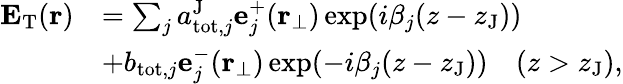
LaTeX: \begin{array}{rl}{\mathbf{E}_{\mathrm{T}}(\mathbf{r})}&{=\sum_{j}a_{\mathrm{tot},j}^{\mathrm{J}}\mathbf{e}_{j}^{+}(\mathbf{r}_{\perp})\exp(i\beta_{j}(z-z_{\mathrm{J}}))}\\ &{+b_{\mathrm{tot},j}\mathbf{e}_{j}^{-}(\mathbf{r}_{\perp})\exp(-i\beta_{j}(z-z_{\mathrm{J}}))\quad(z>z_{\mathrm{J}}),}\end{array}